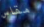
مقاس